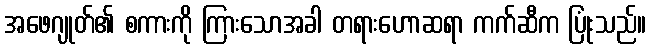
အဖေဂျုတ်၏ စကားကို ကြားသောအခါ တရားဟောဆရာ ကက်ဆီက ပြုံးသည်။